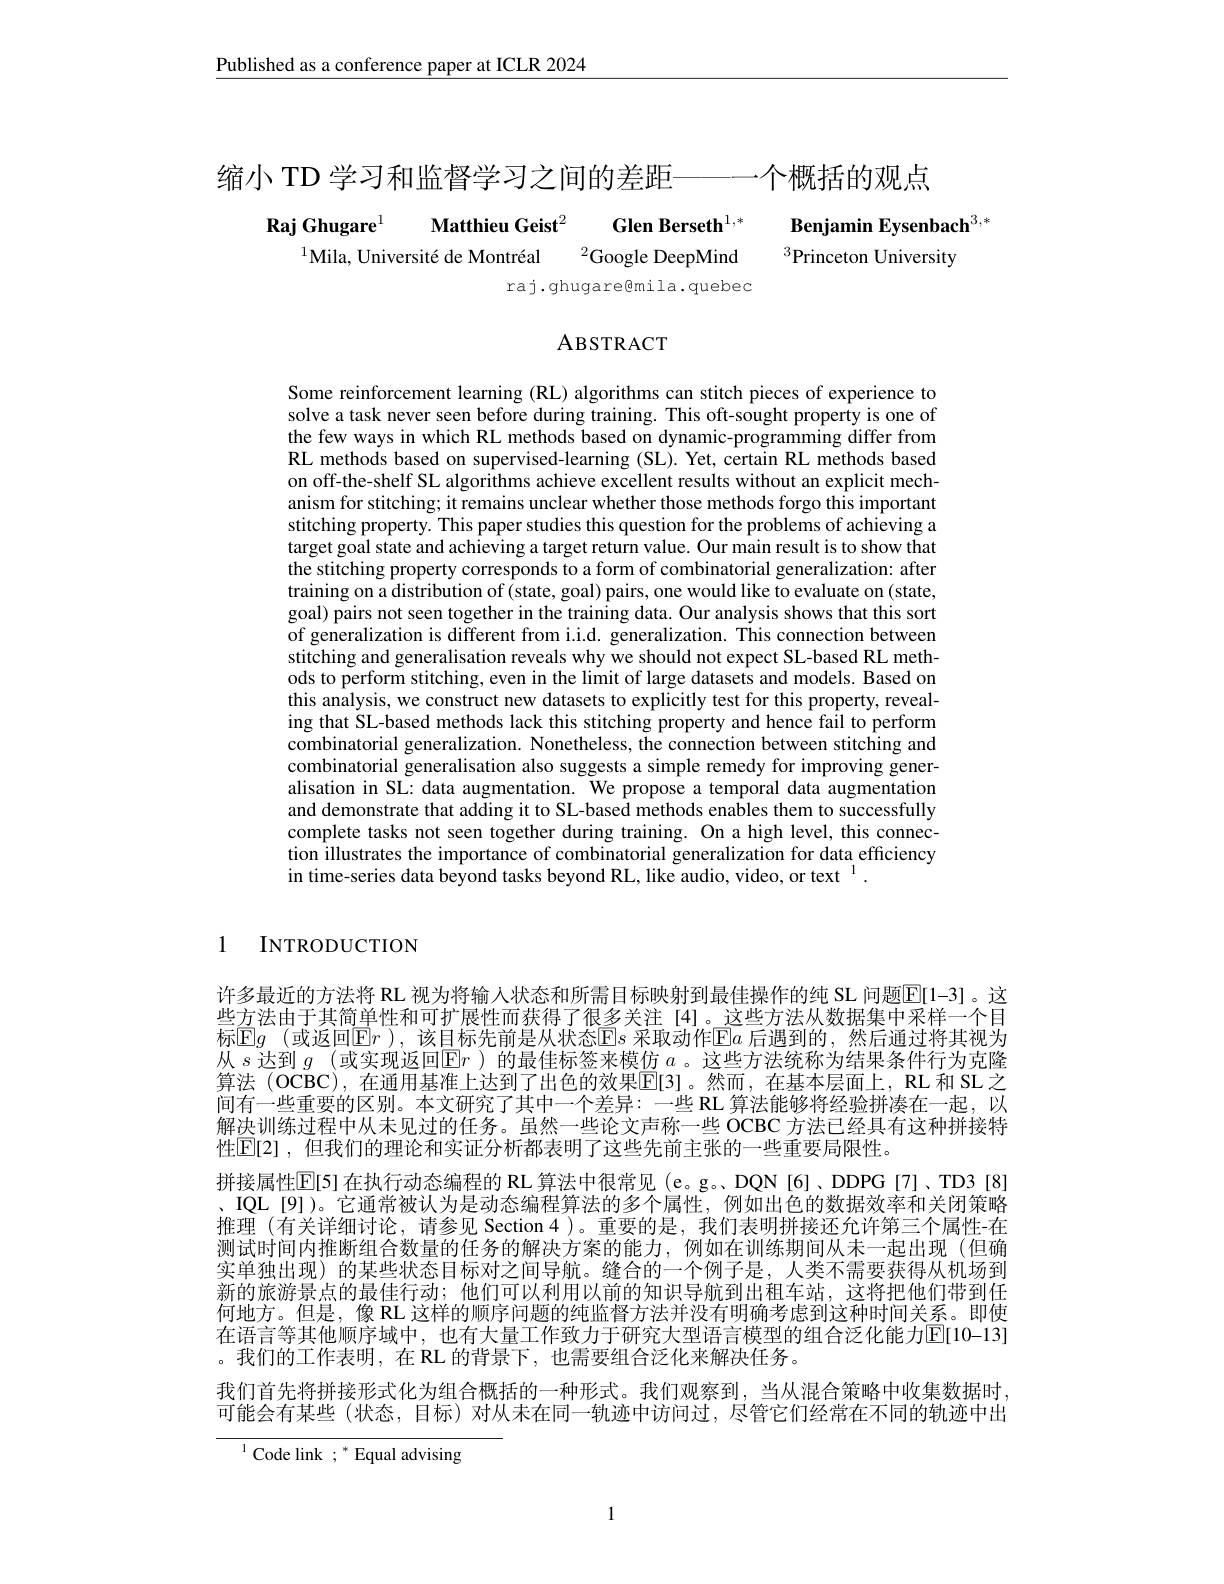
Published as a conference paper at ICLR 2024

缩小 TD 学习和监督学习之间的差距————个概括的观点
$\textbf{Raj Ghugare}^{1}\textbf{Matthieu Geist}^{2}\:\textbf{Glen Berseth}^{1,*}\:\textbf{Benjamin Eysenbach}^{3,}\\^{1}\text{Mila, Université de Montréal}\:^{2}\text{Google DeepMind}\:^{3}\text{Princeton University}$

raj.ghugare@mila.quebec

ABSTRACT

Some reinforcement learning (RL) algorithms can stitch pieces of experience to solve a task never seen before during training. This oft-sought property is one of the few ways in which RL methods based on dynamic-programming differ from RL methods based on supervised-learning (SL). Yet, certain RL methods based on off-the-shelf SL algorithms achieve excellent results without an explicit mechanism for stitching; it remains unclear whether those methods forgo this important stitching property. This paper studies this question for the problems of achieving a target goal state and achieving a target return value. Our main result is to show that the stitching property corresponds to a form of combinatorial generalization: after training on a distribution of (state, goal) pairs, one would like to evaluate on (state, goal) pairs not seen together in the training data. Our analysis shows that this sort of generalization is different from i.i.d. generalization. This connection between stitching and generalisation reveals why we should not expect SL-based RL methods to perform stitching, even in the limit of large datasets and models. Based on this analysis, we construct new datasets to explicitly test for this property, revealing that SL-based methods lack this stitching property and hence fail to perform combinatorial generalization. Nonetheless, the connection between stitching and combinatorial generalisation also suggests a simple remedy for improving generalisation in SL: data augmentation. We propose a temporal data augmentation and demonstrate that adding it to SL-based methods enables them to successfully complete tasks not seen together during training. On a high level, this connection illustrates the importance of combinatorial generalization for data efficiency in time-series data beyond tasks beyond RL, like audio, video, or text$^{1}.$

1

INTRODUCTION

许多最近的方法将 RL 视为将输人状态和所需目标映射到最佳操作的纯 SL 问题E[1-3]。这些方法由于其简单性和可扩展性而获得了很多关注[4]。这些方法从数据集中采样一个目标$\mathbb{E}g$ (或返回$\mathbb{E}r$ ),该目标先前是从状态$\mathbb{E}s$ 采取动作$\mathbb{E}a$ 后遇到的，然后通过将其视为从$s$达到$g$ (或实现返回$\boxed{\mathrm{E}}r$ )的最佳标签来模仿$a$ 。这些方法统称为结果条件行为克隆算法 (OCBC),在通用基准上达到了出色的效果$\mathbb{E}[3]$。然而，在基本层面上，RL 和 SL 之间有一些重要的区别。本文研究了其中一个差异：一些 RL 算法能够将经验拼凑在一起，以解决训练过程中从未见过的任务。虽然一些论文声称一些 OCBC 方法已经具有这种拼接特性$\mathbb{E}[2]$ ,但我们的理论和实证分析都表明了这些先前主张的一些重要局限性。
拼接属性$\mathbb{E}[5]$ 在执行动态编程的 RL 算法中很常见 (e。g。,DQN [6]、DDPG[7]、TD3[8] 、IQL[9])。它通常被认为是动态编程算法的多个属性，例如出色的数据效率和关闭策略推理 (有关详细讨论，请参见 Section 4 )。重要的是，我们表明拼接还允许第三个属性-在测试时间内推断组合数量的任务的解决方案的能力，例如在训练期间从未一起出现(但确实单独出现)的某些状态目标对之间导航。缝合的一个例子是，人类不需要获得从机场到新的旅游景点的最佳行动；他们可以利用以前的知识导航到出租车站，这将把他们带到任何地方。但是，像 RL 这样的顺序问题的纯监督方法并没有明确考虑到这种时间关系。即使在语言等其他顺序域中，也有大量工作致力于研究大型语言模型的组合泛化能力$\overline{\mathrm{E}}[10-13]$ 。我们的工作表明，在 RL 的背景下，也需要组合泛化来解决任务。
我们首先将拼接形式化为组合概括的一种形式。我们观察到，当从混合策略中收集数据时， 可能会有某些(状态，目标)对从未在同一轨迹中访问过，尽管它们经常在不同的轨迹中出

$^{1}$Code link ; " Equal advising

1